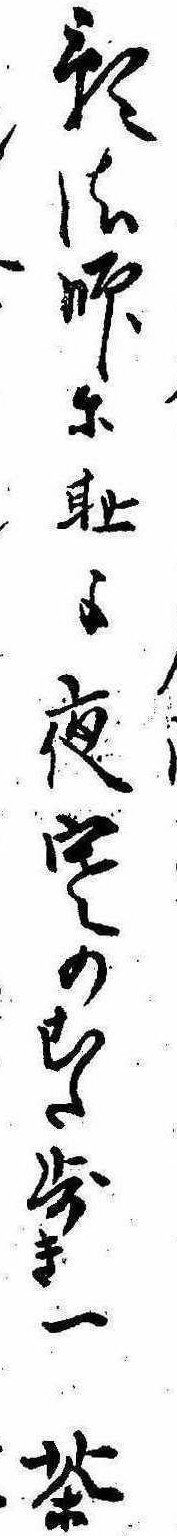
影法師に恥よ夜寒のむた歩き一茶